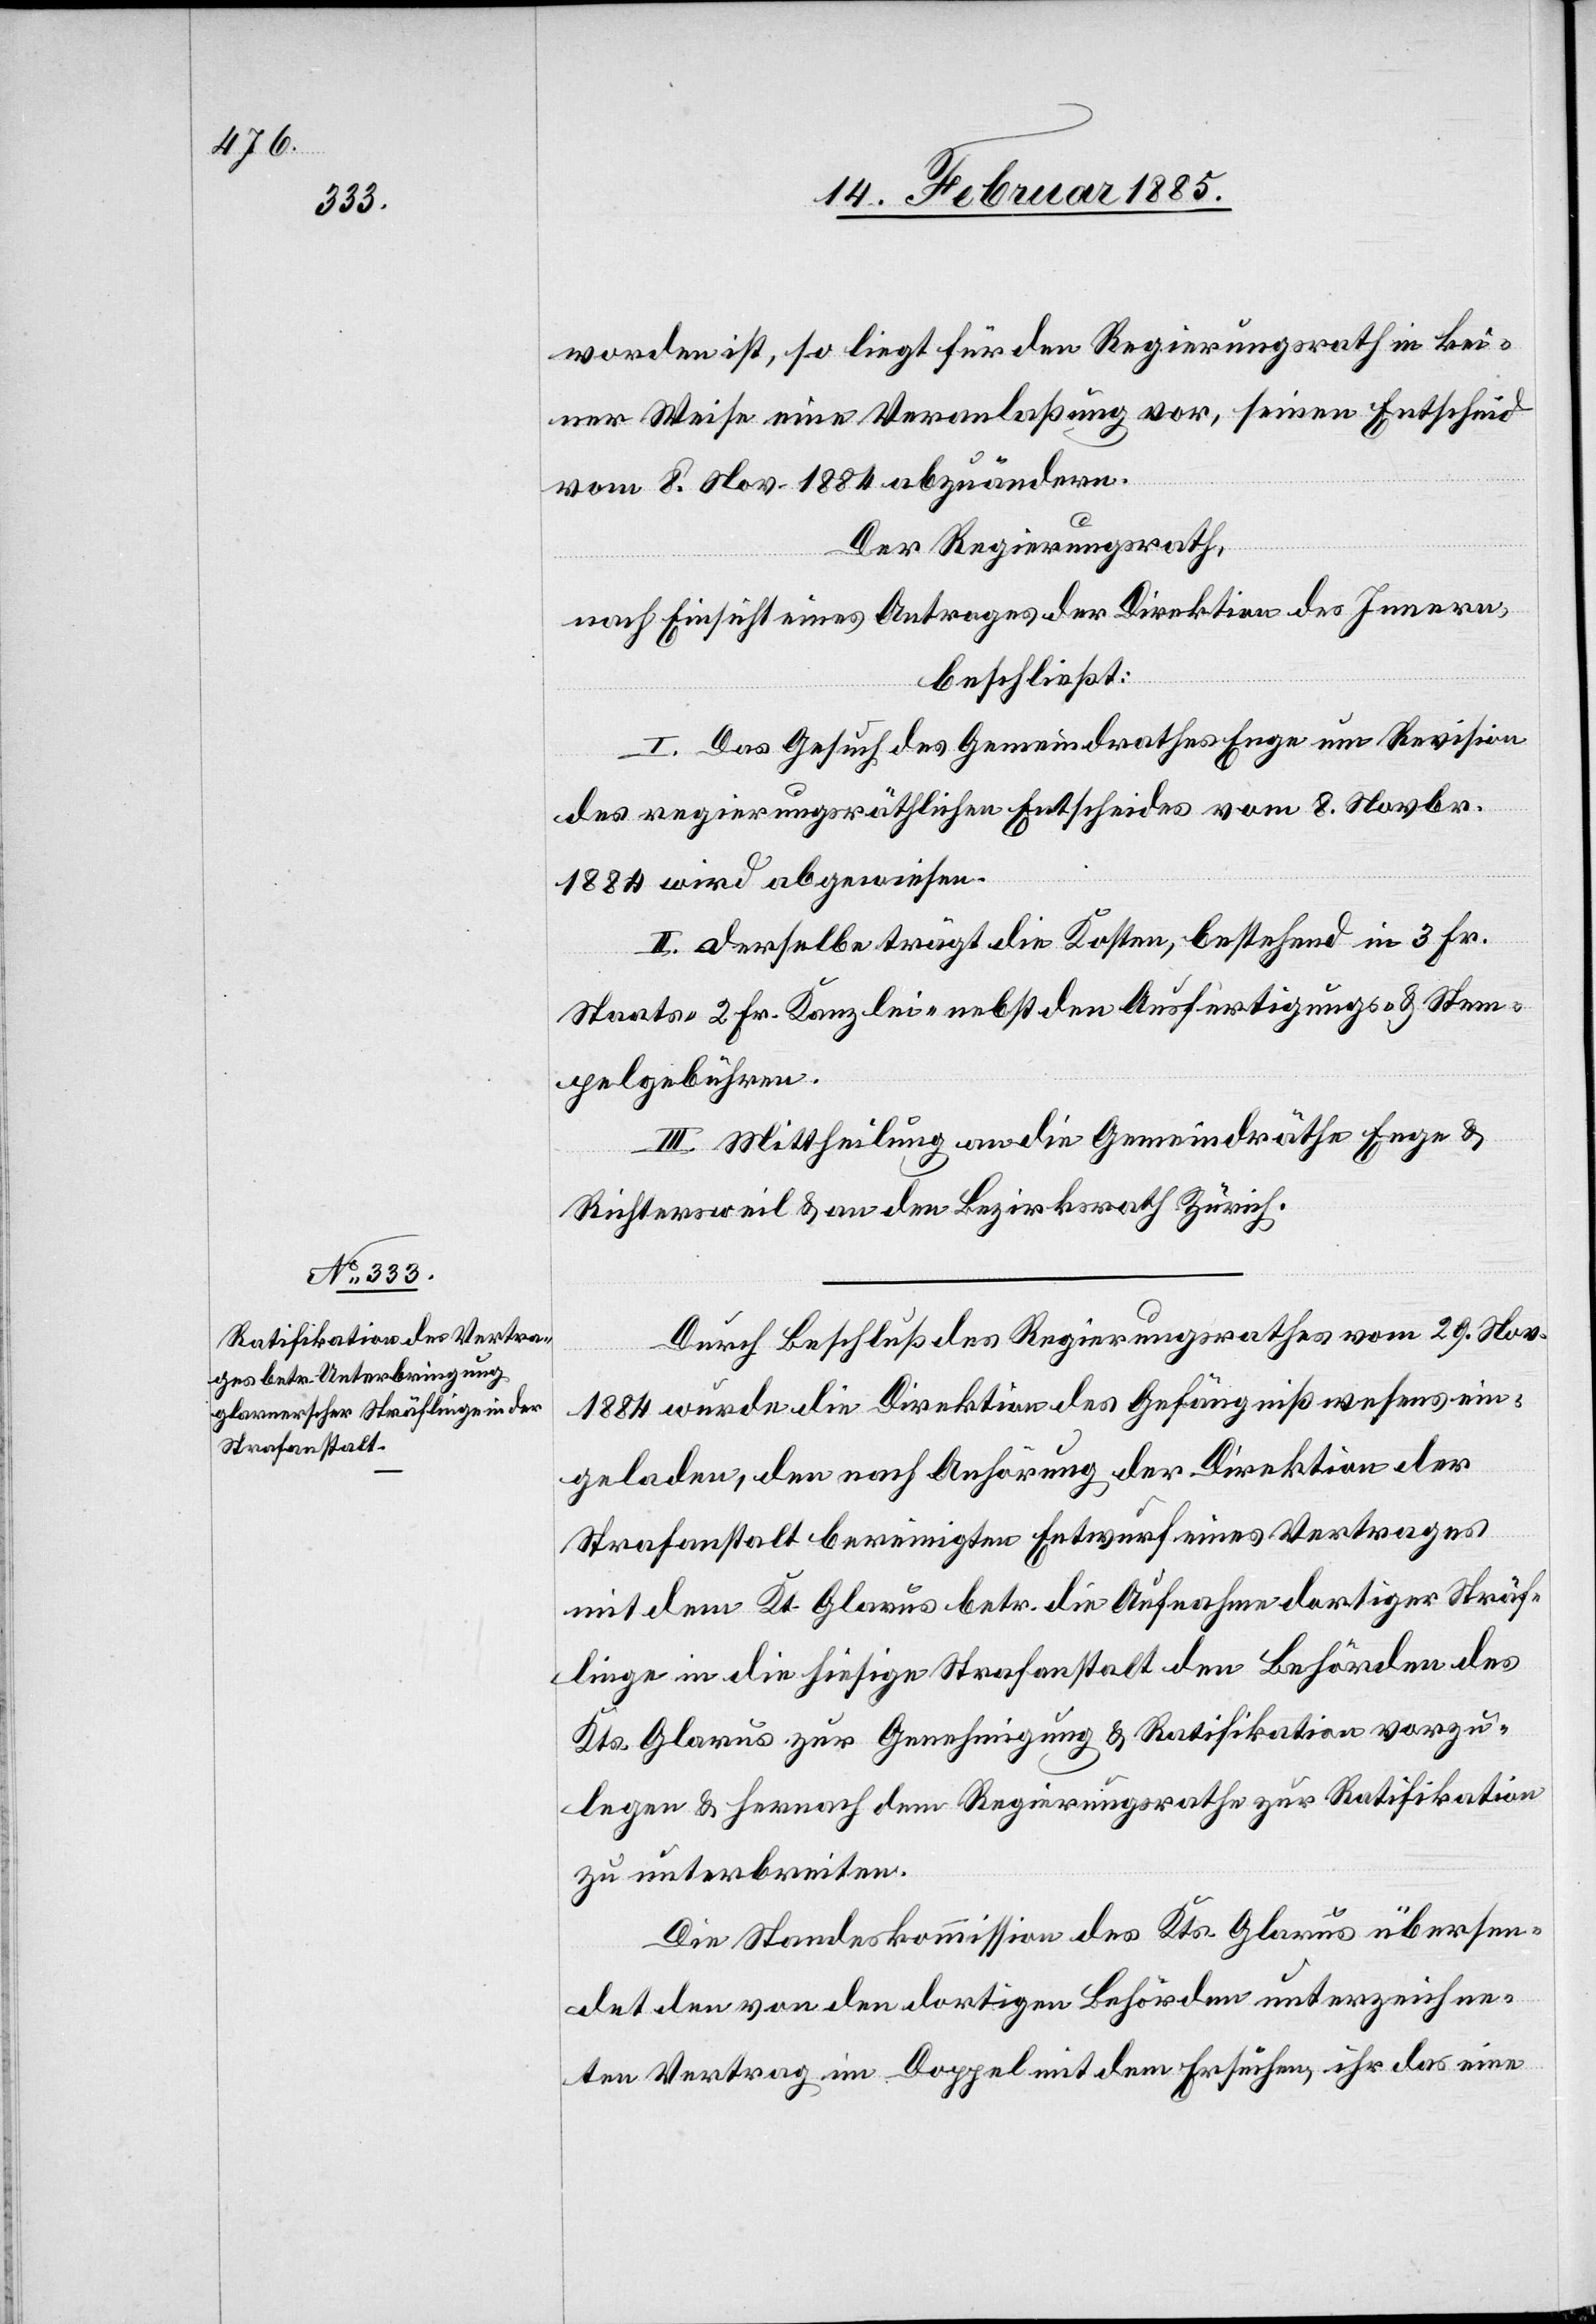
Durch Beschluß des Regierungsrathes vom 29. Nov.
1884 wurde die Direktion des Gefängnißwesens ein¬
geladen, den nach Anhörung der Direktion der
Strafanstalt bereinigten Entwurf eines Vertrages
mit dem Kt. Glarus betr. die Aufnahme dortiger Sträf¬
linge in die hiesige Strafanstalt den Behörden des
Kts. Glarus zur Genehmigung & Ratifikation vorzu¬
legen & hernach dem Regierungsrathe zur Ratifikation
zu unterbreiten.
Die Standeskommission des Kts. Glarus übersen¬
det den von den dortigen Behörden unterzeichne¬
ten Vertrag im Doppel mit dem Ersuchen ihr das eine